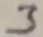
Text: 3